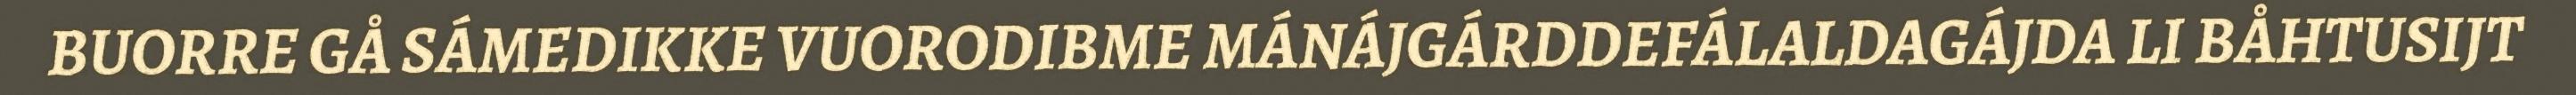
BUORRE GÅ SÁMEDIKKE VUORODIBME MÁNÁJGÁRDDEFÁLALDAGÁJDA LI BÅHTUSIJT